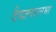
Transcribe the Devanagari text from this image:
दैवज्ञवल्लभा